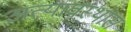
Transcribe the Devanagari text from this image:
अत्यावस्थास